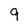
Character: 9